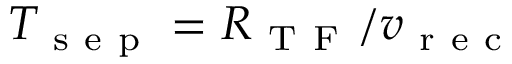
T _ { \mathrm { ~ s ~ e ~ p ~ } } = R _ { \mathrm { ~ T ~ F ~ } } / v _ { \mathrm { ~ r ~ e ~ c ~ } }